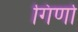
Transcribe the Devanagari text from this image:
गिर्णा